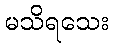
မသိရသေး